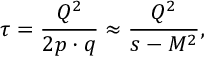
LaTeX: \tau = \frac { Q ^ { 2 } } { 2 p \cdot q } \approx \frac { Q ^ { 2 } } { s - M ^ { 2 } } ,